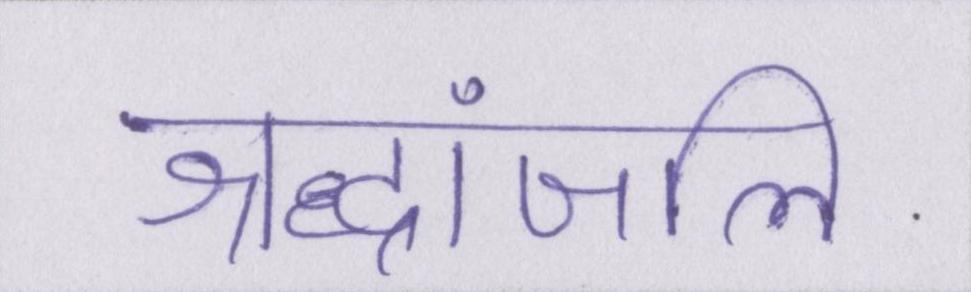
श्रद्धांजलि